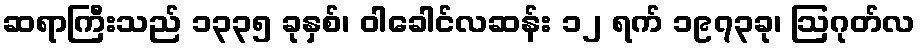
ဆရာကြီးသည် ၁၃၃၅ ခုနှစ်၊ ဝါခေါင်လဆန်း ၁၂ ရက် ၁၉၇၃ခု၊ ဩဂုတ်လ